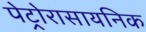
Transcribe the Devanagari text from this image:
पेट्रोरासायनिक